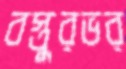
বস্তুরভর